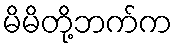
မိမိတို့ဘက်က